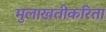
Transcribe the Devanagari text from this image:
मुलाखतीकरिता